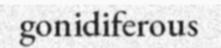
gonidiferous